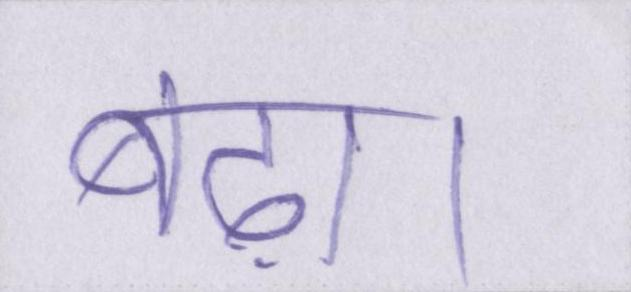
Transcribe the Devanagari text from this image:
बढ़ा।